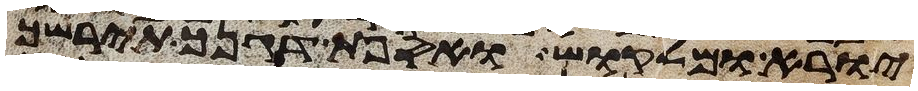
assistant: יורא ומלקוש ואספת דגנך תירשך